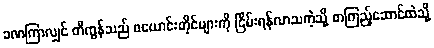
ခဏကြာလျှင် တီကွန်သည် ဖယောင်းတိုင်များကို ငြိမ်းရန်လာသကဲ့သို့ စာကြည့်ဆောင်ထဲသို့